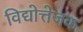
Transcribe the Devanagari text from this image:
विद्योत्तेजक